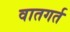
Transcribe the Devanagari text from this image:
वातगर्त